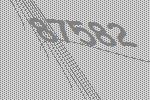
87582